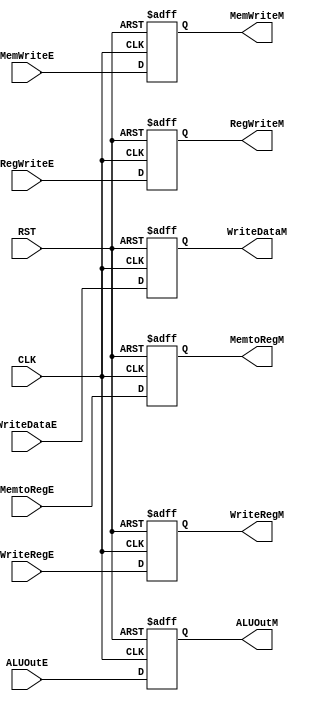
module  mem_reg #(parameter   IN_DATA=32,
                              OUT_DATA=32 )
(

    output  reg    [OUT_DATA-1:0]   ALUOutM,WriteDataM,
    output  reg    [4:0]            WriteRegM,
    output  reg                     RegWriteM,MemtoRegM,MemWriteM,
    input   wire                    CLK,RST,
    input   wire   [IN_DATA-1:0]    ALUOutE,WriteDataE,
    input   wire   [4:0]            WriteRegE,
    input   wire                    RegWriteE,MemtoRegE,MemWriteE
);

always @ ( posedge CLK or negedge RST)
    begin
        if ( ! RST )
            begin
                ALUOutM <= 32'd0;
                WriteDataM <= 32'd0;
                WriteRegM <= 5'd0;
                RegWriteM <= 1'b0;
                MemtoRegM <= 1'b0;
                MemWriteM <= 1'b0;       
            end
        else
            begin
                ALUOutM <= ALUOutE;
                WriteDataM <= WriteDataE;
                WriteRegM <= WriteRegE;
                RegWriteM <= RegWriteE;
                MemtoRegM <= MemtoRegE;
                MemWriteM <= MemWriteE;
            end
    end
endmodule